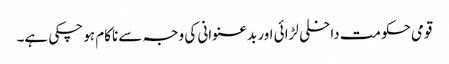
قومی حکومت داخلی لڑائی اور بدعنوانی کی وجہ سے ناکام ہو چکی ہے۔